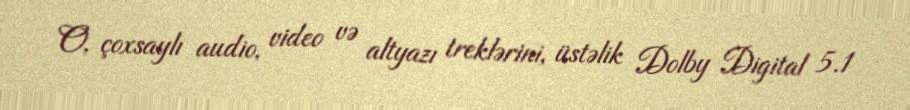
O, çoxsaylı audio, video və altyazı treklərini, üstəlik Dolby Digital 5.1